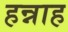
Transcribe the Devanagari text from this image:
हन्नाह